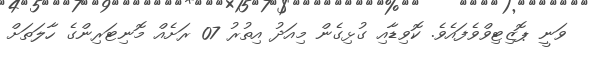
ވަނީ ޕޮޒިޓިވްވެފައެވެ. ކޮވިޑާއި ގުޅިގެން މިއަދު އިތުރު 07 ރަށެއް މޮނިޓަރިންގެ ހާލަތަށް